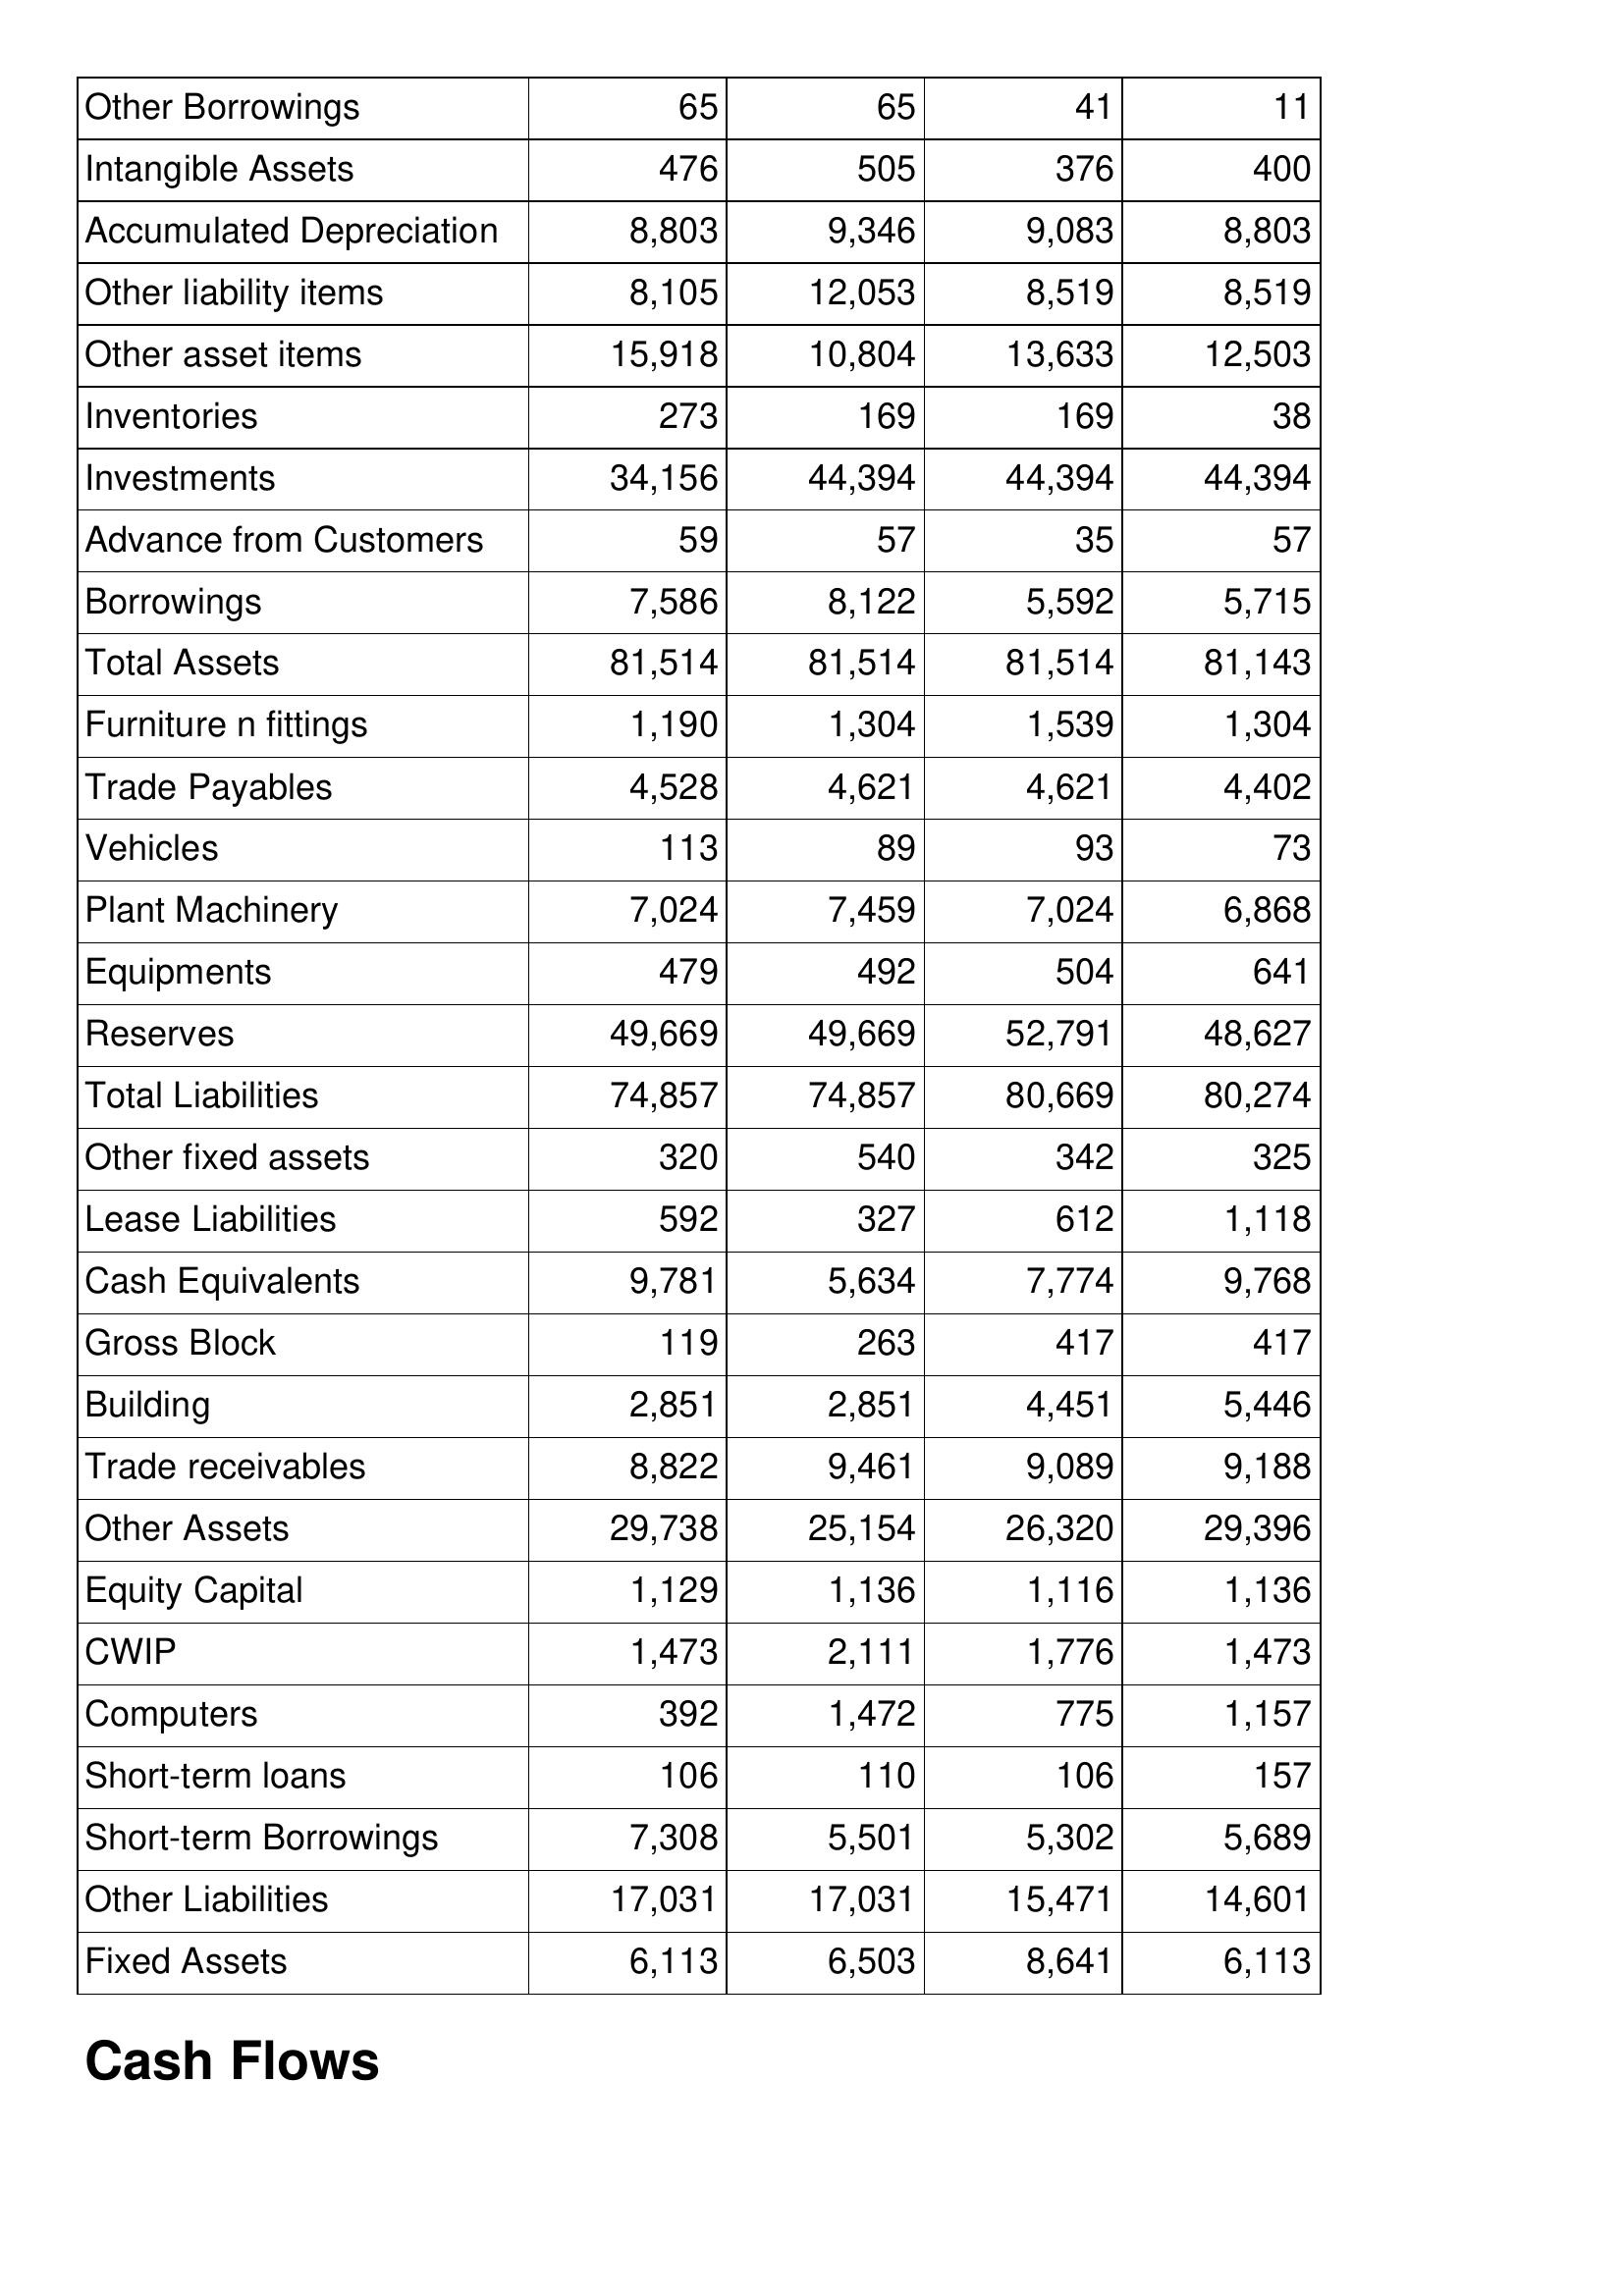
Apr-16: Balance Sheet: Other Borrowings: 65
Intangible Assets: 476
Accumulated Depreciation: 8,803
Other liability items: 8,105
Other asset items: 15,918
Inventories: 273
Investments: 34,156
Advance from Customers: 59
Borrowings: 7,586
Total Assets: 81,514
Furniture n fittings: 1,190
Trade Payables: 4,528
Vehicles: 113
Plant Machinery: 7,024
Equipments: 479
Reserves: 49,669
Total Liabilities: 74,857
Other fixed assets: 320
Lease Liabilities: 592
Cash Equivalents: 9,781
Gross Block: 119
Building: 2,851
Trade receivables: 8,822
Other Assets: 29,738
Equity Capital: 1,129
CWIP: 1,473
Computers: 392
Short-term loans: 106
Short-term Borrowings: 7,308
Other Liabilities: 17,031
Fixed Assets: 6,113
Apr-15: Balance Sheet: Other Borrowings: 65
Intangible Assets: 505
Accumulated Depreciation: 9,346
Other liability items: 12,053
Other asset items: 10,804
Inventories: 169
Investments: 44,394
Advance from Customers: 57
Borrowings: 8,122
Total Assets: 81,514
Furniture n fittings: 1,304
Trade Payables: 4,621
Vehicles: 89
Plant Machinery: 7,459
Equipments: 492
Reserves: 49,669
Total Liabilities: 74,857
Other fixed assets: 540
Lease Liabilities: 327
Cash Equivalents: 5,634
Gross Block: 263
Building: 2,851
Trade receivables: 9,461
Other Assets: 25,154
Equity Capital: 1,136
CWIP: 2,111
Computers: 1,472
Short-term loans: 110
Short-term Borrowings: 5,501
Other Liabilities: 17,031
Fixed Assets: 6,503
Apr-14: Balance Sheet: Other Borrowings: 41
Intangible Assets: 376
Accumulated Depreciation: 9,083
Other liability items: 8,519
Other asset items: 13,633
Inventories: 169
Investments: 44,394
Advance from Customers: 35
Borrowings: 5,592
Total Assets: 81,514
Furniture n fittings: 1,539
Trade Payables: 4,621
Vehicles: 93
Plant Machinery: 7,024
Equipments: 504
Reserves: 52,791
Total Liabilities: 80,669
Other fixed assets: 342
Lease Liabilities: 612
Cash Equivalents: 7,774
Gross Block: 417
Building: 4,451
Trade receivables: 9,089
Other Assets: 26,320
Equity Capital: 1,116
CWIP: 1,776
Computers: 775
Short-term loans: 106
Short-term Borrowings: 5,302
Other Liabilities: 15,471
Fixed Assets: 8,641
Apr-13: Balance Sheet: Other Borrowings: 11
Intangible Assets: 400
Accumulated Depreciation: 8,803
Other liability items: 8,519
Other asset items: 12,503
Inventories: 38
Investments: 44,394
Advance from Customers: 57
Borrowings: 5,715
Total Assets: 81,143
Furniture n fittings: 1,304
Trade Payables: 4,402
Vehicles: 73
Plant Machinery: 6,868
Equipments: 641
Reserves: 48,627
Total Liabilities: 80,274
Other fixed assets: 325
Lease Liabilities: 1,118
Cash Equivalents: 9,768
Gross Block: 417
Building: 5,446
Trade receivables: 9,188
Other Assets: 29,396
Equity Capital: 1,136
CWIP: 1,473
Computers: 1,157
Short-term loans: 157
Short-term Borrowings: 5,689
Other Liabilities: 14,601
Fixed Assets: 6,113